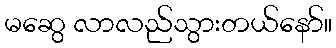
မဆွေ လာလည်သွားတယ်နော်။